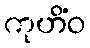
ကုဟိံဝ